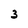
Character: 3